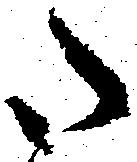
御